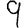
Digit: 9